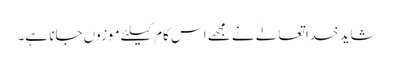
شاید خدا تعالےٰ نے مجھے اس کام کیلئے موزوں جانا ہے۔